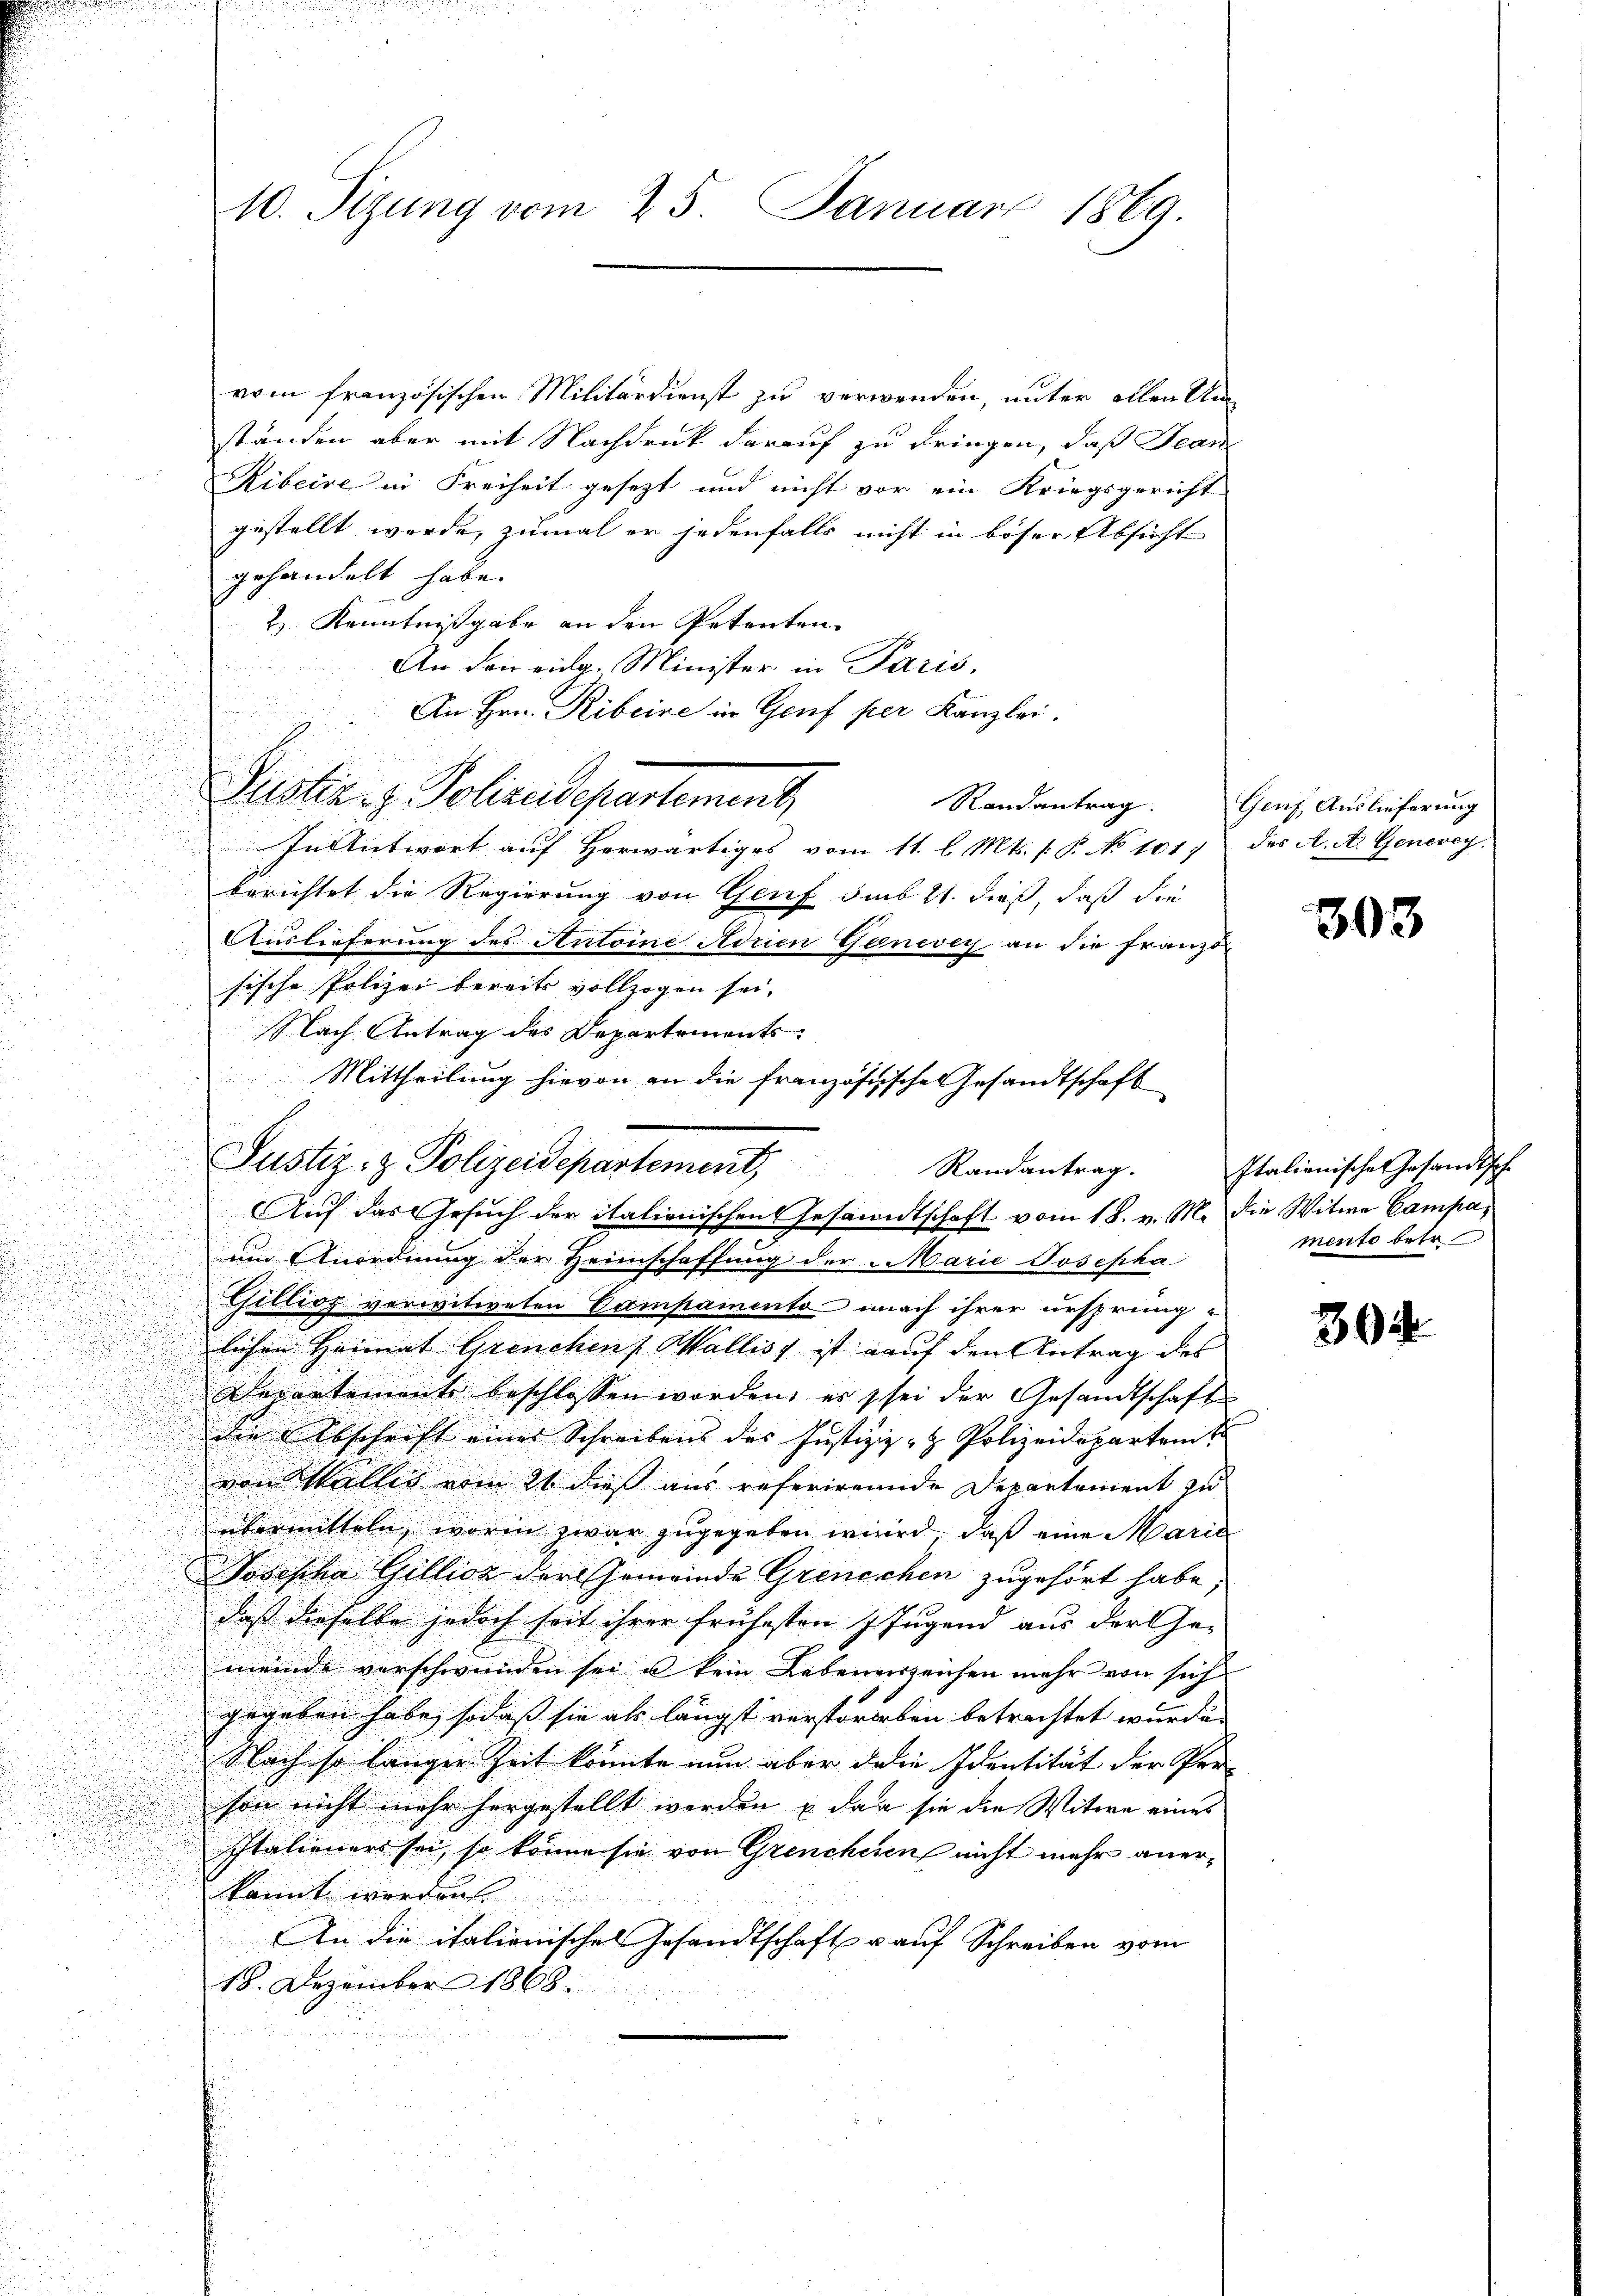
vom französischen Militärdienst zu verwenden, unter allen Unständen aber mit Nachdruck darauf zu dringen, daß Jean
Ribecre in Freiheit gesetzt und nicht vor ein Kriegsgericht
gestellt werde, zumal er jedenfalls nicht in böser Absicht
gehandelt habe.
2) Kenntnißgabe an den Petenten.
An den eidg. Minister in Paris,
An Hrn. Ribeine in Genf per Kanzlei.
i
In Antwort auf herwärtiges vom 11. l. Mts. (: P. No 1017 des A. A. Generey
u
berichtet die Regierung von Genf sub 21. dieß, daß die
Auslieferung des Antoine Adrien Ganevey an die franzo
sische Polizei bereits vollzogen sei,
Nach Antrag des Departements-
Mittheilung hievon an die französische Gesandtschaft
f
i
u
Auf das Gesuch der italienischen Gesandtschaft vom 18. v. M. die Witwe Campaum Anordnung der Heimschaffung der Marie Josepha
Gillioz verwitweten Campamento nach ihrer ursprung
lichen Heimat Grenchen Wallis ist auf den Antrag des
Derantement beschlossen worden, es sei der Gesandtschaft
u
die Abschrift eines Schreibens des Justiziz- & Polizeidepartem t
.
von Wallis vom 21. dieß aus referirende Departement zu
übermitteln, worin zwar zugegeben wird, daß eine Maria
Josepha Gillion der Gemeinde Grenschen zugehört habe;
daß dieselbe jedoch seit ihrer frühesten 7 Jugend aus der Ge-
meinde verschwunden sei u kein Lebenenszeichen mehr von sich
gegeben habe, sodaß sie als längst verstorben betrachtet wurde. |
Nach so langer Zeit könnte nun aber die Identität der Per-
son nicht mehr hergestellt werden, u dan sie die Witwe eines
Italieners sei, so könne sie von Grencheren nicht mehr anerkannt werden
An die italienisches Gesandtschaft u auf Schreiben vom
18. Dezember 1868.

10. Sitzung vom 25. Januar 1869.

Puster Policendepartement

Justiz- & Polizeidepartement, Randantrag.

Randantrag. Genf, Auslieferung

303

Italianische Gesandtsch.
mento betr

30